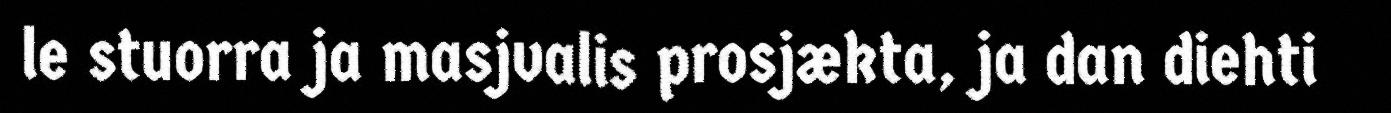
le stuorra ja masjvalis prosjækta, ja dan diehti